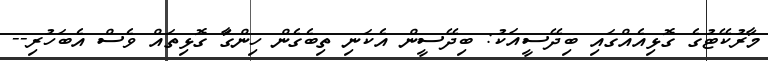
މާރުކޭޓުގެ ގޮޅިއެއްގައި ބިދޭސީއަކު: ބިދޭސީން އެކަނި ތިބެގެން ހިންގާަ ގޮޅިތައް ވެސް އެބަހުރި--